Lunatic asylums United Provinces 1899-1908 - 1899-1908
Year: 1899
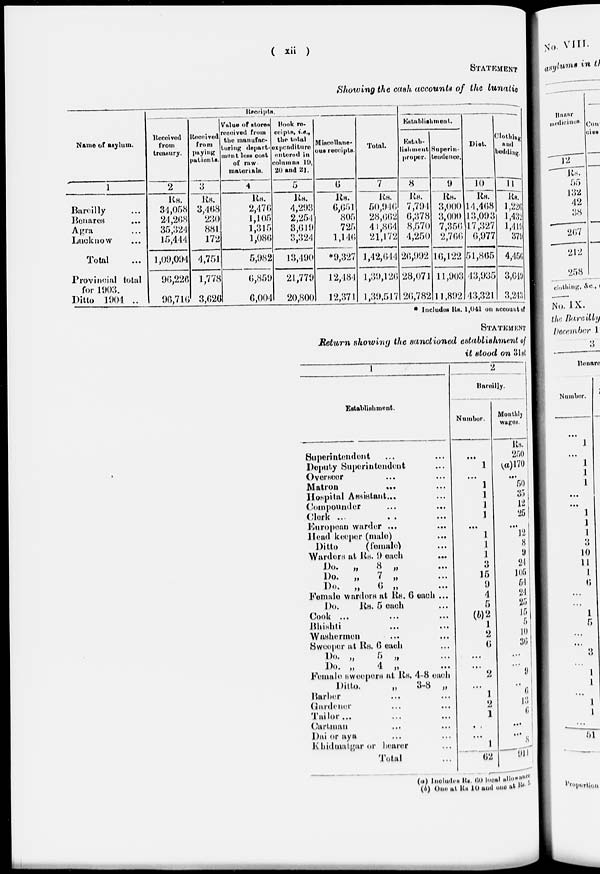
( xii )
STATEMENT
Showing the cash accounts of the lunatic
Name of asylum.
1
Bareilly ...
Benares ...
Agra ...
Lucknow ...
Total ...
Provincial total
for 1903.
Ditto 1904 ...
Receipts.
Received
from
treasury.
2
Rs.
34,058
24,268
35,324
15,444
1,09,094
96,226
96,716
Received
from
paying
patients.
3
Rs.
3,468
230
881
172
4,751
1,778
3,626
Value of stores
received from
the manufac
turing depart-
ment less cost
of raw
materials.
4
Rs.
2,476
1,105
1,315
1,086
5,982
6,859
6,004
Book re-
ceipts, i.e.,
the total
expenditure
entered in
columns 19,
20 and 21.
5
Rs.
4,293
2,254
3,619
3,324
13,490
21,779
20,800
Miscellane-
ous receipts.
6
Rs.
6,651
805
725
1,146
*9,327
12,484
12,371
Total.
7
Rs.
50,946
28,662
44,864
21,172
1,42,644
1,39,126
1,39,517
Establishment.
Estab-
lishment
proper.
8
Rs.
7,794
6,378
8,570
4,250
26,992
28,071
26,782
Superin-
tendence.
9
Rs.
3,000
3,000
7,356
2,766
16,122
11,903
11,892
Diet.
10
Rs.
14,468
13,093
17,327
6,977
51,865
43,935
43,321
Clothing
and
bedding.
11
Rs.
1,226
1 ,432
1,419
379
4,456
3,649
3,243
* Includes Rs. 1,041 on account of
STATEMENT
Return showing the sanctioned establishment of
it stood on 31st
1
Establishment.
Superintendent ... ...
Deputy Superintendent ...
Overseer ... ...
Matron ... ...
Hospital Assistant . . . ...
Compounder ... ...
Clerk ...
...
...
European warder ... ...
Head keeper (male) ...
Ditto
(female) ...
Warders at Rs.
9
each
...
Do.
„
8 „
...
Do.
„
7
„
...
Do.
„
6
„ ....
Female warders at Rs. 6 each ...
Do. Rs. 5 each ...
Cook ... ... ...
Bhishti ... ...
Washermen ... ...
Sweeper at Rs. 6 each ...
Do. „
5 „ ...
Do. „ 4 „ ...
Female sweepers at Rs. 4-8 each
Ditto.
„
3-8 „
Barber ... ...
Gardener ... ...
Tailor . . . . . . ...
Cartman ... ...
Dai or aya ... ...
Khidmatgar or bearer ...
Total ...
2
Bareilly.
Number.
...
1
...
1
1
1
1
...
1
1
1
3
15
9
4
5
(b)2
1
2
6
...
...
2
...
1
2
1
...
...
1
62
Monthly
wages.
Rs.
250
(a)170
...
50
35
12
25
...
12
8
9
24
105
54
24
25
15
5
10
36
...
...
9
...
6
13
6
...
...
8
911
(a) Includes Rs. 60 local allowance
(b) One at Rs. 10 and one at Rs. 5